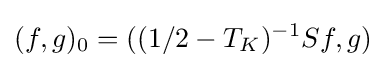
\displaystyle {(f,g)_{0}=((1/2-T_{K})^{-1}Sf,g)}